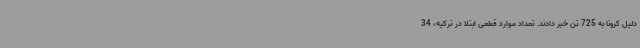
دلیل کرونا به 725 تن خبر دادند. تعداد موارد قطعی ابتلا در ترکیه، 34